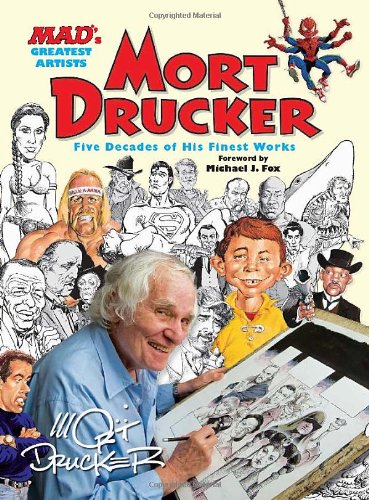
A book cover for MAD's Greatest Artists: Mort Drucker: Five Decades of His Finest Works; Mort Drucker; Arts & Photography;